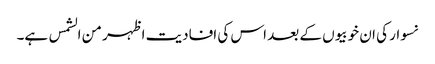
نسوار کی ان خوبیوں کے بعد اس کی افادیت اظہر من الشمس ہے۔